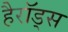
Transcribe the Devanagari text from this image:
हैरॉड्स